Vaccination in Bombay 1863-1868 - 1863-1868
Year: 1863
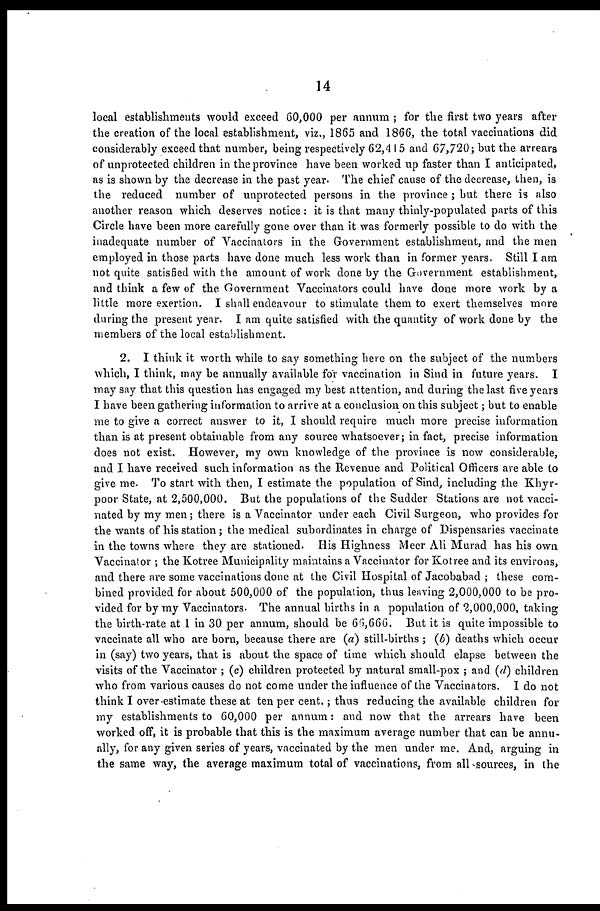
14
local establishments would exceed 60,000 per annum ; for the first two years after
the creation of the local establishment, viz., 1865 and 1866, the total vaccinations did
considerably exceed that number, being respectively 62,415 and 67,720; but the arrears
of unprotected children in the province have been worked up faster than I anticipated,
as is shown by the decrease in the past year. The chief cause of the decrease, then, is
the reduced number of unprotected persons in the province ; but there is also
another reason which deserves notice: it is that many thinly-populated parts of this
Circle have been more carefully gone over than it was formerly possible to do with the
inadequate number of Vaccinators in the Government establishment, and the men
employed in those parts have done much less work than in former years. Still I am
not quite satisfied with the amount of work done by the Government establishment,
and think a few of the Government Vaccinators could have done more work by a
little more exertion. I shall endeavour to stimulate them to exert themselves more
during the present year. I am quite satisfied with the quantity of work done by the
members of the local establishment.
2. I think it worth while to say something here on the subject of the numbers
which, I think, may be annually available for vaccination in Sind in future years. I
may say that this question has engaged my best attention, and during the last five years
I have been gathering information to arrive at a conclusion on this subject; but to enable
me to give a correct answer to it, I should require much more precise information
than is at present obtainable from any source whatsoever; in fact, precise information
does not exist. However, my own knowledge of the province is now considerable,
and I have received such information as the Revenue and Political Officers are able to
give me. To start with then, I estimate the population of Sind, including the Khyr-
poor State, at 2,500,000. But the populations of the Sudder Stations are not vacci-
nated by my men; there is a Vaccinator under each Civil Surgeon, who provides for
the wants of his station; the medical subordinates in charge of Dispensaries vaccinate
in the towns where they are stationed. His Highness Meer Ali Murad has his own
Vaccinator ; the Kotree Municipality maintains a Vaccinator for Kotree and its environs,
and there are some vaccinations done at the Civil Hospital of Jacobabad ; these com-
bined provided for about 500,000 of the population, thus leaving 2,000,000 to be pro-
vided for by my Vaccinators. The annual births in a population of 2,000,000, taking
the birth-rate at 1 in 30 per annum, should be 66,666. But it is quite impossible to
vaccinate all who are born, because there are (a) still-births ; (b) deaths which occur
in (say) two years, that is about the space of time which should elapse between the
visits of the Vaccinator ; (c) children protected by natural small-pox ; and (d) children
who from various causes do not come under the influence of the Vaccinators. I do not
think I over-estimate these at ten per cent.; thus reducing the available children for
my establishments to 60,000 per annum: and now that the arrears have been
worked off, it is probable that this is the maximum average number that can be annu-
ally, for any given series of years, vaccinated by the men under me. And, arguing in
the same way, the average maximum total of vaccinations, from all sources, in the